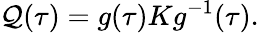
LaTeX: \mathcal{Q}(\tau)=g(\tau)Kg^{-1}(\tau).